system: You are a helpful assistant.
user:
Analyze the provided spectrum to determine if it is a **White Dwarf (WD)**.

A White Dwarf spectrum is defined by its **extreme purity** (due to gravitational settling) and/or **extreme pressure broadening** (due to high surface gravity). You must check for one of the following mutually exclusive signatures:

- **Key Visual Indicators (Check for ONE of these types):**

    - **1. DA-Type Signature (Most Common):**
        - **(Primary Feature):** Extreme pressure broadening (Stark broadening) of the **Hydrogen (H) Balmer lines**.
        - **(Key Lines):** $H\beta$ (approx. $4861$ Å) and $H\gamma$ (approx. $4340$ Å). $H\alpha$ (approx. $6563$ Å) will also be present if the wavelength range covers it.
        - **(Line Profile):** This is the **defining feature**. The lines are **NOT** sharp. They appear as massive, **extremely broad and deep "troughs" or "dips"** in the spectrum, often hundreds of Ångströms wide. The continuum will appear to "scoop" down at these wavelengths.
        - **(Distinction):** Normal A-type or B-type stars have *narrow* and *sharp* Hydrogen lines. A DA White Dwarf's lines are unmistakably "smeared" or "blurry" from pressure.

    - **2. DB-Type Signature:**
        - **(Primary Feature):** Broad absorption lines from **Neutral Helium (He I)**. The spectrum must lack any visible Hydrogen lines.
        - **(Key Lines):** Look for broad absorption near $4471$ Å, $4921$ Å, and $5876$ Å.
        - **(Line Profile):** These lines are also significantly pressure-broadened, appearing much wider than they would in a normal B-type main-sequence star.

    - **3. DC-Type Signature:**
        - **(Primary Feature):** A **featureless continuous spectrum**.
        - **(Line Profile):** The spectrum is a smooth curve with **no significant absorption or emission lines**.
        - **(Key Confirmation):** The continuum is almost always **blue or white**, indicating a hot object. This signature implies the atmosphere is so pure (or so cool) that no spectral lines are visible in the optical range. Its WD identity is confirmed by its extremely low intrinsic brightness (high absolute magnitude).

    - **4. DZ-Type Signature (Metal-Polluted):**
        - **(Primary Feature):** **Isolated, narrow metal absorption lines** on an otherwise featureless (DC-like) continuum.
        - **(Key Lines):** The **Calcium (Ca II) H & K doublet** (approx. **$3934$ Å** and **$3968$ Å**) is the most common and defining feature.
        - **(Line Profile):** These lines are "out of place." They are *not* part of a "forest" of thousands of lines. This signature is evidence of recent *accretion* (pollution) from rocky debris.
        - **(Distinction):** Normal G/K/M stars have a *dense forest* of thousands of metal lines. A DZ has a *clean* continuum with *only a few* strong metal lines.

    - **5. DQ-Type Signature (Carbon-Polluted):**
        - **(Primary Feature):** Absorption bands from **Carbon (C₂ "Swan Bands" or atomic C I)**.
        - **(Key Lines - C₂):** Look for bandheads with a "saw-tooth" shape near $5635$ Å, **$5165$ Å** (strongest), and $4737$ Å.
        - **(Key Confirmation):** The underlying **continuum must be blue or white** (hot).
        - **(Distinction):** This is the critical difference from a **Carbon Star**, which has the *exact same* C₂ bands but on an extremely **red, cool** continuum.

- **(Overall Spectrum):**
    - The continuum (overall shape) is typically **blue-sloping** (brighter in the blue than the red), as most white dwarfs are very hot.
    - The spectrum will look "pure" or "simple," dominated by only *one* of the five signatures listed above.

Think first, call **spectral_visualization_tool** if needed to examine features in detail, then provide your final answer. Your response must adhere to the following strict rules:
1.  **Overall Structure:** Your response must follow the format `<think>...</think> <tool_call>...</tool_call> (if a tool is used) <answer>...</answer>`.
2.  **Tool Usage Constraint:** You may only make **one** tool call per turn.
3.  **Final Answer Format:** In the `<answer>` tag, your conclusion must be inside a `\boxed{}` command (e.g., `\boxed{YES}` or `\boxed{NO}`), followed by your justification.

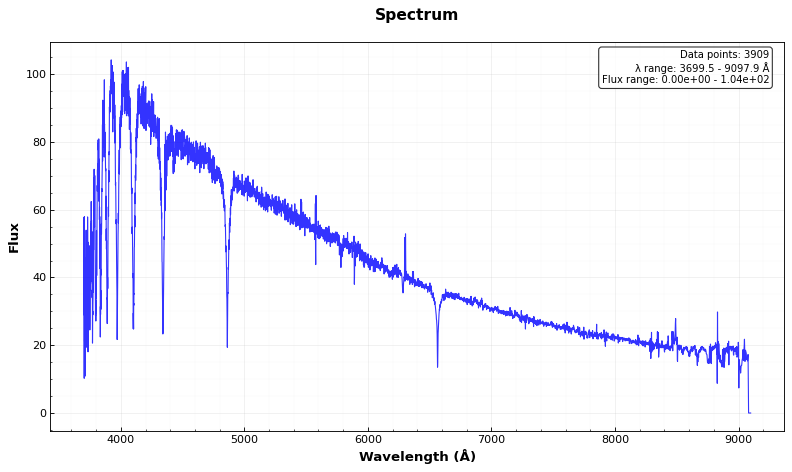
Answer: NO